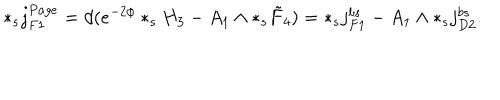
* _ { s } j _ { F 1 } ^ { P a g e } = d ( e ^ { - 2 \phi } * _ { s } H _ { 3 } - A _ { 1 } \wedge * _ { s } \tilde { F } _ { 4 } ) = * _ { s } j _ { F 1 } ^ { b s } - A _ { 1 } \wedge * _ { s } j _ { D 2 } ^ { b s } .